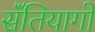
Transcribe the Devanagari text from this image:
सॅंतियागो